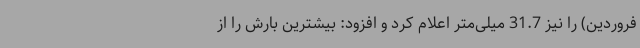
فروردین) را نیز 31.7 میلی‌متر اعلام کرد و افزود: بیشترین بارش را از